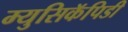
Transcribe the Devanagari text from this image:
म्युसिकॅपिडी